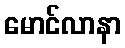
မောင်လာနာ